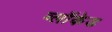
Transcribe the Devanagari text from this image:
ब्लॉकेड